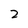
Character: 2